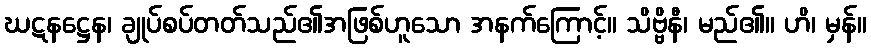
ဃဋနဋ္ဌေန၊ ချုပ်စပ်တတ်သည်၏အဖြစ်ဟူသော အနက်ကြောင့်။ သိဗ္ဗိနီ၊ မည်၏။ ဟိ၊ မှန်။